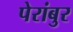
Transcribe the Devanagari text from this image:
पेरांबुर